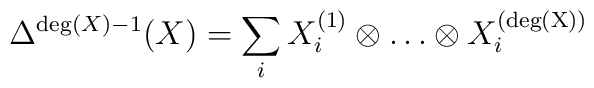
\Delta^{{\rm deg}(X)-1}(X)=\sum_i X^{(1)}_i\otimes\ldots\otimes X_i^{({\rm deg(X)})}